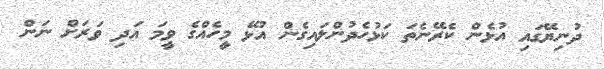
ދުނިޔޭގައި އުޅެން ކެރޭނެތަ ކަޅުހެދުންލައިގެން އުޅޭ މީހެއްގެ ވީމަ އަދި ވަރަށް ނަން